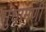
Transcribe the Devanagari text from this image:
सुधामणी